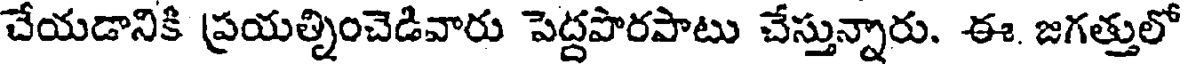
చేయడానికి ప్రయత్నించెడివారు పెద్దపారపాటు చేస్తున్నారు. ఈ. జగత్తులో